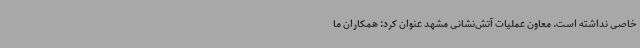
خاصی نداشته است. معاون عملیات آتش‌نشانی مشهد عنوان کرد: همکاران ما